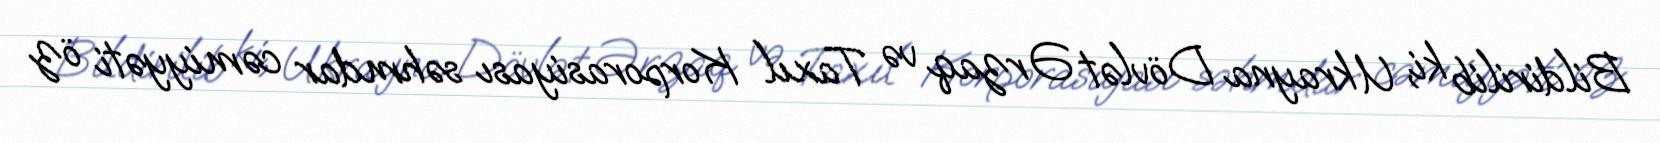
Bildirilib ki, Ukrayna Dövlət Ərzaq və Taxıl Korporasiyası səhmdar cəmiyyəti öz